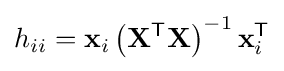
h_{ii}=\mathbf {x} _{i}\left(\mathbf {X} ^{\mathsf {T}}\mathbf {X} \right)^{-1}\mathbf {x} _{i}^{\mathsf {T}}